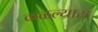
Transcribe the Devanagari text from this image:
कळल्यास